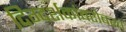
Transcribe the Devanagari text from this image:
दिग्दर्शकांबरोबरच